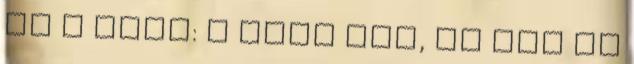
ki a szót: I love you, és ezt ők